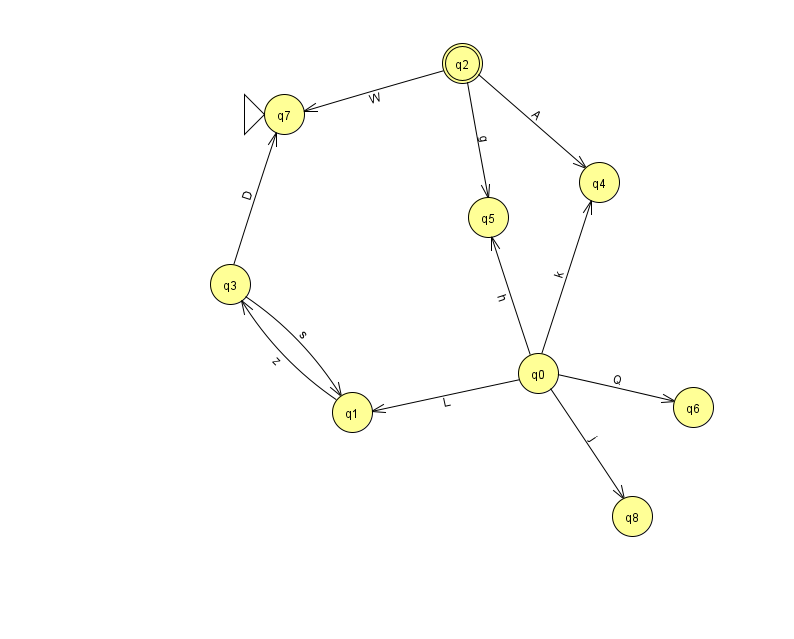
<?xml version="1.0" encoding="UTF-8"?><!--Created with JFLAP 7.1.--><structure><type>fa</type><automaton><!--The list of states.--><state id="0" name="q0"><x>538.0</x><y>360.0</y></state><state id="1" name="q1"><x>352.0</x><y>399.0</y></state><state id="2" name="q2"><x>462.0</x><y>50.0</y><final/></state><state id="3" name="q3"><x>230.0</x><y>271.0</y></state><state id="4" name="q4"><x>599.0</x><y>169.0</y></state><state id="5" name="q5"><x>488.0</x><y>204.0</y></state><state id="6" name="q6"><x>693.0</x><y>394.0</y></state><state id="7" name="q7"><x>284.0</x><y>101.0</y><initial/></state><state id="8" name="q8"><x>632.0</x><y>503.0</y></state><!--The list of transitions.--><transition><from>3</from><to>7</to><read>D</read></transition><transition><from>3</from><to>1</to><read>s</read></transition><transition><from>0</from><to>6</to><read>Q</read></transition><transition><from>0</from><to>8</to><read>j</read></transition><transition><from>2</from><to>7</to><read>W</read></transition><transition><from>0</from><to>5</to><read>h</read></transition><transition><from>1</from><to>3</to><read>z</read></transition><transition><from>2</from><to>4</to><read>A</read></transition><transition><from>2</from><to>5</to><read>g</read></transition><transition><from>0</from><to>1</to><read>L</read></transition><transition><from>0</from><to>4</to><read>k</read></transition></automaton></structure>